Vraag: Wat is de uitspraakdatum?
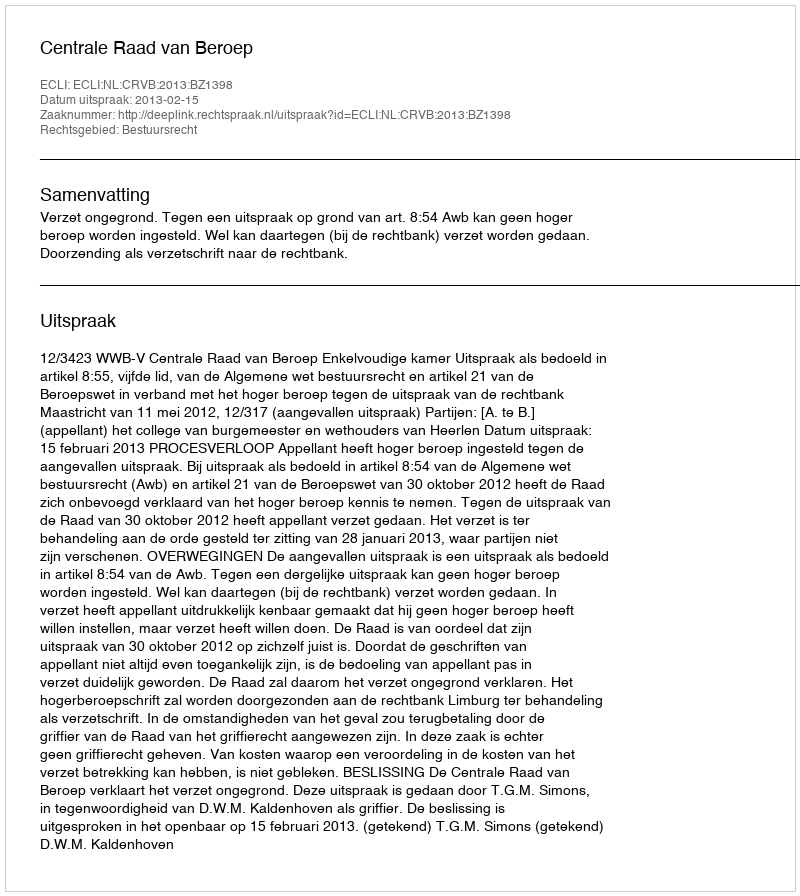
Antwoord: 2013-02-15